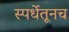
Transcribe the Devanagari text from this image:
स्पर्धेतूनच